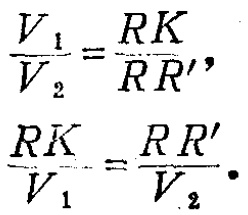
\[\frac{V_1}{V_2}=\frac{RK}{RR'},\]

\[\frac{RK}{V_1}=\frac{RR'}{V_2}.\]